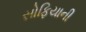
સોફિયાની